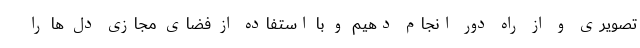
تصویری و از راه دور انجام دهیم و با استفاده از فضای مجازی دل ها را